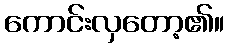
ကောင်းလှတော့၏။